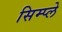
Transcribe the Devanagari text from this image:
सिम्प्ले